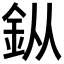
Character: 𨥎